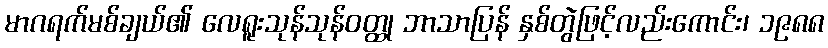
မာဂရက်မစ်ချယ်၏ လေရူးသုန်သုန်ဝတ္ထု ဘာသာပြန် နှစ်တွဲဖြင့်လည်းကောင်း၊ ၁၉၈၈